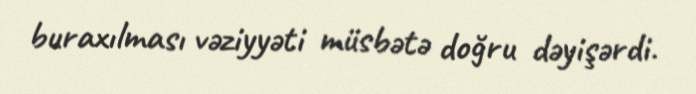
buraxılması vəziyyəti müsbətə doğru dəyişərdi.